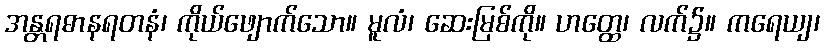
အန္တရဓာနရတနံ၊ ကိုယ်ဖျောက်သော။ မူလံ၊ ဆေးမြစ်ကို။ ဟတ္ထေ၊ လက်၌။ ကရေယျ၊